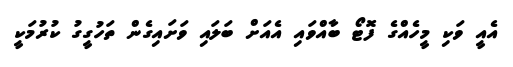
އެއީ ވަކި މީހެއްގެ ފޮޓޯ ބާއްވައި އެއަށް ބަލައި ވަށައިގެން ތަހުގީގު ކުރުމަކީ